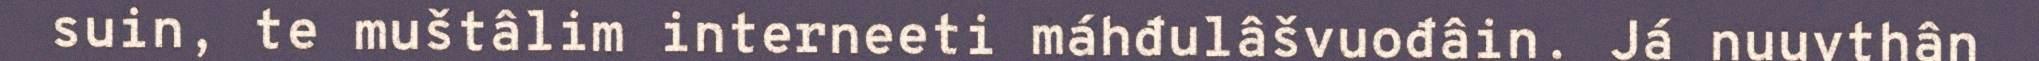
suin, te muštâlim interneeti máhđulâšvuođâin. Já nuuvthân